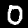
Label: 0